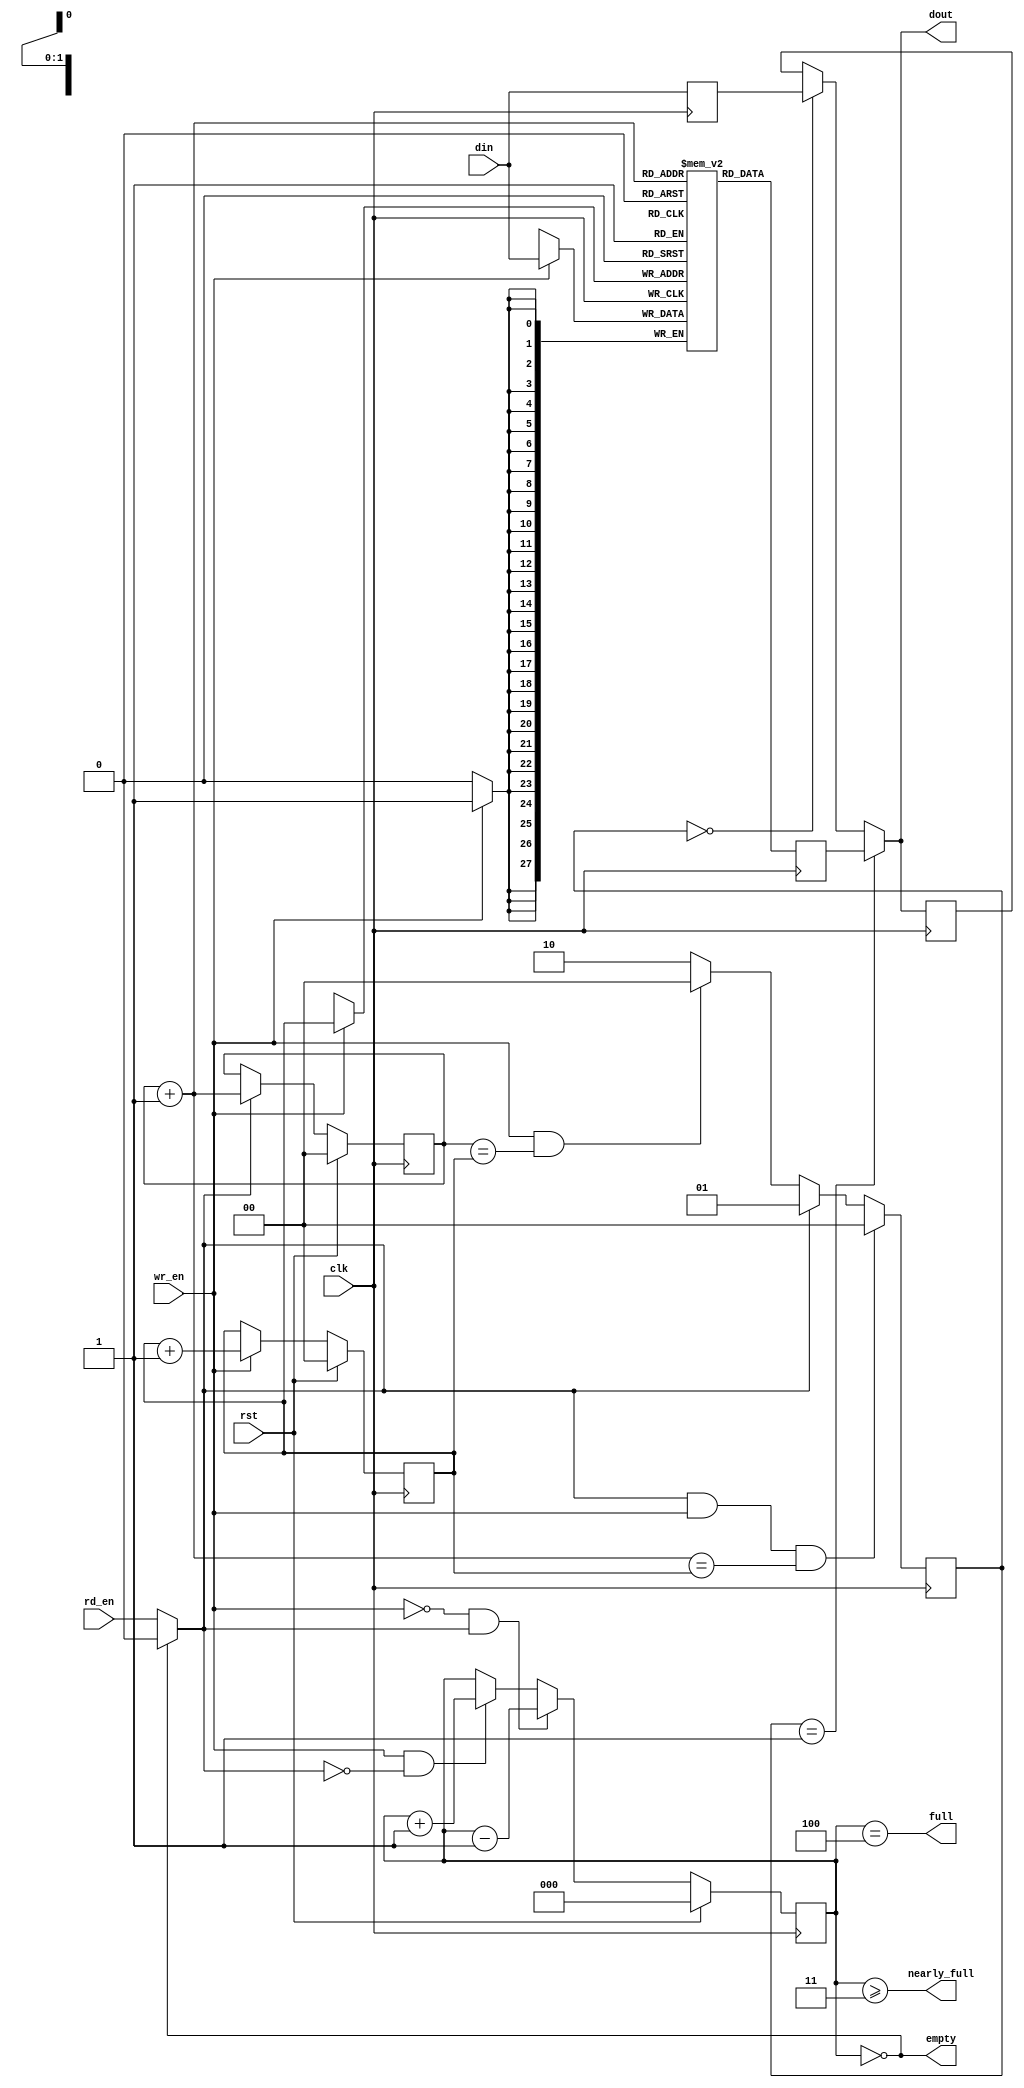
`timescale 1ns/1ps

module fifofall #(
  parameter C_WIDTH = 28,
  parameter C_MAX_DEPTH_BITS = 2,
  parameter C_NEARLY_FULL = 2 ** C_MAX_DEPTH_BITS - 1
  )(

  input                          [C_WIDTH-1:0]  din,     // Data in
  input                                         wr_en,   // Write enable
  input                                         rd_en,   // Read the next word

  output                         [C_WIDTH-1:0]  dout,    // Data out
  output                                        full,
  output                                        nearly_full,
  output                                        empty,

  input                                         rst,
  input                                         clk
  );

  localparam L_MAX_DEPTH = 2 ** C_MAX_DEPTH_BITS;
  localparam L_SEL_DIN   = 0;
  localparam L_SEL_QUEUE = 1;
  localparam L_SEL_KEEP  = 2;

  reg                            [C_WIDTH-1:0]  queue  [L_MAX_DEPTH - 1 : 0];
  reg               [C_MAX_DEPTH_BITS - 1 : 0]  rd_ptr;
  wire              [C_MAX_DEPTH_BITS - 1 : 0]  rd_ptr_plus1 = rd_ptr + 1;
  reg               [C_MAX_DEPTH_BITS - 1 : 0]  wr_ptr;
  reg                   [C_MAX_DEPTH_BITS : 0]  depth;

  reg                            [C_WIDTH-1:0]  queue_rd;
  reg                            [C_WIDTH-1:0]  din_d1;
  reg                            [C_WIDTH-1:0]  dout_d1;
  reg                                    [1:0]  dout_sel;
   
  wire rd_en1;
  assign rd_en1 = ( empty == 1 ) ? 0 : rd_en;

  // Sample the data
  always @(posedge clk) begin
    if (wr_en)
      queue[wr_ptr] <= din;
    queue_rd <= queue[rd_ptr_plus1];
    din_d1 <= din;
    dout_d1 <= dout;
    if (rd_en1 && wr_en && (rd_ptr_plus1==wr_ptr)) begin
      dout_sel <= L_SEL_DIN;
    end else if(rd_en1) begin
      dout_sel <= L_SEL_QUEUE;
    end else if(wr_en && (rd_ptr==wr_ptr)) begin
      dout_sel <= L_SEL_DIN;
    end else begin
      dout_sel <= L_SEL_KEEP;
    end
  end

  always @(posedge clk) begin
    if (rst) begin
      rd_ptr <= 'h0;
      wr_ptr <= 'h0;
      depth <= 'h0;
    end else begin
      if (wr_en) wr_ptr <= wr_ptr + 'h1;
      if (rd_en1) rd_ptr <= rd_ptr_plus1;
      if (wr_en & ~rd_en1) depth <=
                                    // synthesis translate_off
                                    //#1
                                    // synthesis translate_on
                                    depth + 'h1;
      if (~wr_en & rd_en1) depth <=
                                    // synthesis translate_off
                                    // #1
                                    // synthesis translate_on
                                    depth - 'h1;
    end
  end

  assign dout = (dout_sel == L_SEL_QUEUE) ? queue_rd : ((dout_sel == L_SEL_DIN) ? din_d1 : dout_d1);
  assign full = depth == L_MAX_DEPTH;
  assign nearly_full = depth >= C_NEARLY_FULL;
  assign empty = depth == 'h0;

  // synthesis translate_off
  always @(posedge clk) begin
    if (wr_en && depth == L_MAX_DEPTH && !rd_en1)
      $display($time, " ERROR: Attempt to write to full FIFO: %m");
    if (rd_en1 && depth == 'h0)
      $display($time, " ERROR: Attempt to read an empty FIFO: %m");
  end
  // synthesis translate_on

endmodule // small_fifo


/* vim:set shiftwidth=3 softtabstop=3 expandtab: */